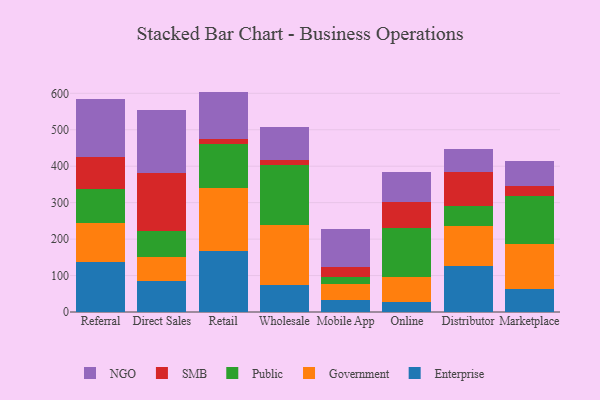
{"axis": {"x": "Channel", "y": "Backlog"}, "legend": ["Enterprise", "Government", "NGO", "Public", "SMB"], "data": [{"x": "Referral", "y": 136.8, "type": "Enterprise"}, {"x": "Referral", "y": 106.3, "type": "Government"}, {"x": "Referral", "y": 93.4, "type": "Public"}, {"x": "Referral", "y": 87.5, "type": "SMB"}, {"x": "Referral", "y": 161.1, "type": "NGO"}, {"x": "Direct Sales", "y": 84.9, "type": "Enterprise"}, {"x": "Direct Sales", "y": 65.7, "type": "Government"}, {"x": "Direct Sales", "y": 70.5, "type": "Public"}, {"x": "Direct Sales", "y": 159.9, "type": "SMB"}, {"x": "Direct Sales", "y": 173.1, "type": "NGO"}, {"x": "Retail", "y": 167.6, "type": "Enterprise"}, {"x": "Retail", "y": 171.7, "type": "Government"}, {"x": "Retail", "y": 122.0, "type": "Public"}, {"x": "Retail", "y": 13.8, "type": "SMB"}, {"x": "Retail", "y": 129.6, "type": "NGO"}, {"x": "Wholesale", "y": 73.3, "type": "Enterprise"}, {"x": "Wholesale", "y": 166.3, "type": "Government"}, {"x": "Wholesale", "y": 162.5, "type": "Public"}, {"x": "Wholesale", "y": 16.2, "type": "SMB"}, {"x": "Wholesale", "y": 88.7, "type": "NGO"}, {"x": "Mobile App", "y": 32.6, "type": "Enterprise"}, {"x": "Mobile App", "y": 43.4, "type": "Government"}, {"x": "Mobile App", "y": 21.2, "type": "Public"}, {"x": "Mobile App", "y": 26.1, "type": "SMB"}, {"x": "Mobile App", "y": 105.5, "type": "NGO"}, {"x": "Online", "y": 27.1, "type": "Enterprise"}, {"x": "Online", "y": 69.4, "type": "Government"}, {"x": "Online", "y": 134.3, "type": "Public"}, {"x": "Online", "y": 70.9, "type": "SMB"}, {"x": "Online", "y": 83.5, "type": "NGO"}, {"x": "Distributor", "y": 125.4, "type": "Enterprise"}, {"x": "Distributor", "y": 111.7, "type": "Government"}, {"x": "Distributor", "y": 52.7, "type": "Public"}, {"x": "Distributor", "y": 94.6, "type": "SMB"}, {"x": "Distributor", "y": 62.1, "type": "NGO"}, {"x": "Marketplace", "y": 62.0, "type": "Enterprise"}, {"x": "Marketplace", "y": 125.6, "type": "Government"}, {"x": "Marketplace", "y": 132.0, "type": "Public"}, {"x": "Marketplace", "y": 26.1, "type": "SMB"}, {"x": "Marketplace", "y": 69.0, "type": "NGO"}]}